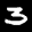
Label: 3